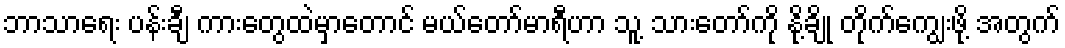
ဘာသာရေး ပန်းချီ ကားတွေထဲမှာတောင် မယ်တော်မာရီဟာ သူ့ သားတော်ကို နို့ချို တိုက်ကျွေးဖို့ အတွက်